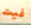
فيت